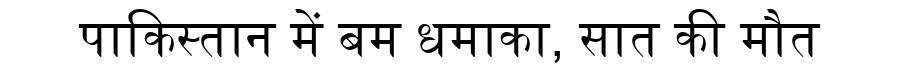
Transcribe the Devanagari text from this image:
पाकिस्तान में बम धमाका, सात की मौत